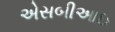
એસબીઆઇ